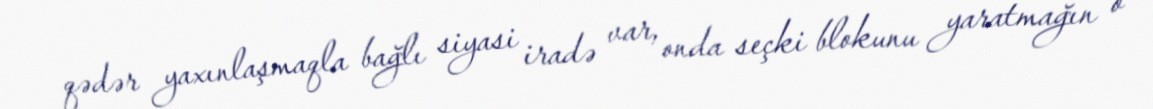
qədər yaxınlaşmaqla bağlı siyasi iradə var, onda seçki blokunu yaratmağın o